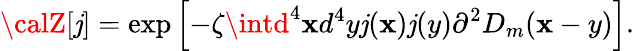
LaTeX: {\calZ}[\mathit{j}]=\exp\left[-\zeta\intd^{4}\mathbf{x}d^{4}y\mathit{j}(\mathbf{x})\mathit{j}(y)\partial^{2}D_{m}(\mathbf{x}-y)\right].